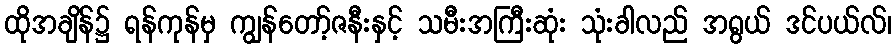
ထိုအချိန်၌ ရန်ကုန်မှ ကျွန်တော့်ဇနီးနှင့် သမီးအကြီးဆုံး သုံးခါလည် အရွယ် ဒင်ပယ်လ်၊